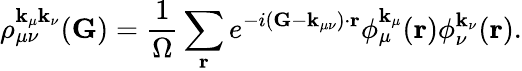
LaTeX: \rho_{\mu\nu}^{\mathbf{k}_{\mu}\mathbf{k}_{\nu}}(\mathbf{G})=\frac{1}{\Omega}\sum_{\mathbf{r}}e^{-i(\mathbf{G}-\mathbf{k}_{\mu\nu})\cdot\mathbf{r}}\phi_{\mu}^{\mathbf{k}_{\mu}}(\mathbf{r})\phi_{\nu}^{\mathbf{k}_{\nu}}(\mathbf{r}).